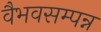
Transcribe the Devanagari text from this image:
वैभवसम्पन्न